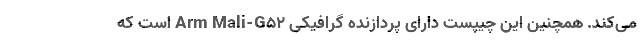
می‌کند. همچنین این چیپست دارای پردازنده گرافیکی Arm Mali-G52 است که